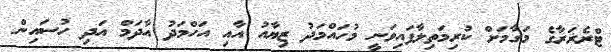
ޓްރެޜަރާގެ މަގާމަށް ކުރިމަތިލާފައިވަނީ މުހައްމަދު ޒިޔާއު އާއި އަހްމަދު އާދަމް އަދި ހުސައިން